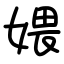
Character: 㛱